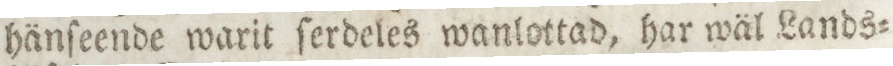
hänſeende warit ſerdeles wanlottad, har wäl Lands=